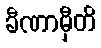
ခီဏာမှီတိ